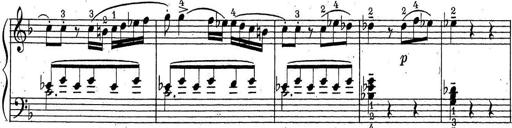
Title: ÄŒeskÃ© Sonatiny
Composer: Various